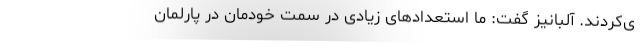
ی‌کردند. آلبانیز گفت: ما استعدادهای زیادی در سمت خودمان در پارلمان